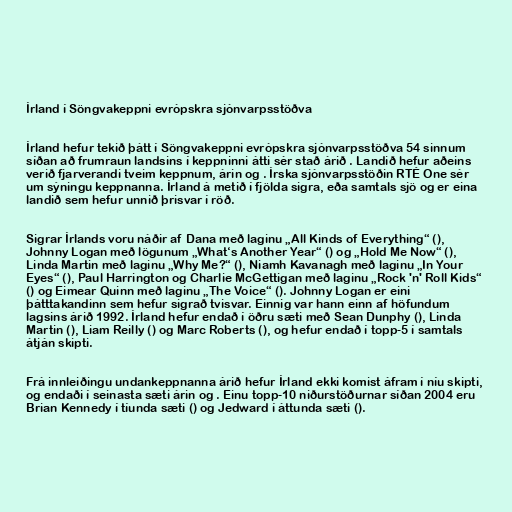
Írland í Söngvakeppni evrópskra sjónvarpsstöðva

Írland hefur tekið þátt í Söngvakeppni evrópskra sjónvarpsstöðva 54 sinnum
síðan að frumraun landsins í keppninni átti sér stað árið . Landið hefur aðeins
verið fjarverandi tveim keppnum, árin og . Írska sjónvarpsstöðin RTÉ One sér
um sýningu keppnanna. Írland á metið í fjölda sigra, eða samtals sjö og er eina
landið sem hefur unnið þrisvar í röð.

Sigrar Írlands voru náðir af Dana með laginu „All Kinds of Everything“ (),
Johnny Logan með lögunum „What‘s Another Year“ () og „Hold Me Now“ (),
Linda Martin með laginu „Why Me?“ (), Niamh Kavanagh með laginu „In Your
Eyes“ (), Paul Harrington og Charlie McGettigan með laginu „Rock 'n' Roll Kids“
() og Eimear Quinn með laginu „The Voice“ (). Johnny Logan er eini
þátttakandinn sem hefur sigrað tvisvar. Einnig var hann einn af höfundum
lagsins árið 1992. Írland hefur endað í öðru sæti með Sean Dunphy (), Linda
Martin (), Liam Reilly () og Marc Roberts (), og hefur endað í topp-5 í samtals
átján skipti.

Frá innleiðingu undankeppnanna árið hefur Írland ekki komist áfram í níu skipti,
og endaði í seinasta sæti árin og . Einu topp-10 niðurstöðurnar síðan 2004 eru
Brian Kennedy í tíunda sæti () og Jedward í áttunda sæti ().